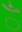
ઁ